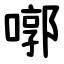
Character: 㗥